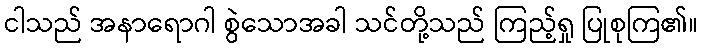
ငါသည် အနာရောဂါ စွဲသောအခါ သင်တို့သည် ကြည့်ရှု ပြုစုကြ၏။